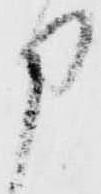
申